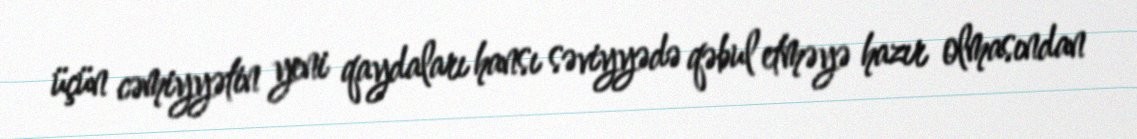
üçün cəmiyyətin yeni qaydaları hansı səviyyədə qəbul etməyə hazır olmasından